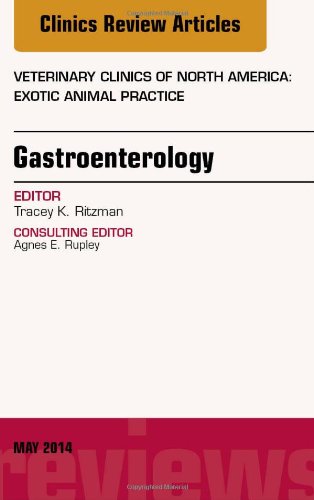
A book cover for Gastroenterology, An Issue of Veterinary Clinics of North America: Exotic Animal Practice, 1e (The Clinics: Veterinary Medicine); Tracey K. Ritzman DVM Dipl; Medical Books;